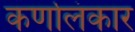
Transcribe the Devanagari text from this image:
कर्णालंकार